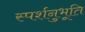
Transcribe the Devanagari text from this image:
स्पर्शनुभूति